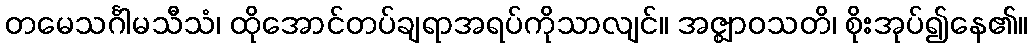
တမေသင်္ဂါမသီသံ၊ ထိုအောင်တပ်ချရာအရပ်ကိုသာလျင်။ အဇ္ဈာဝသတိ၊ စိုးအုပ်၍နေ၏။